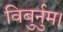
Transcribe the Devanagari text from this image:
विबुर्नुम।